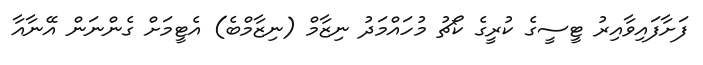
ފަށާފައިވާއިރު ޓީސީގެ ކުރީގެ ކޯޗު މުހައްމަދު ނިޒާމް (ނިޒާމްބެ) އެޓީމަށް ގެންނަން އޭނާއާ